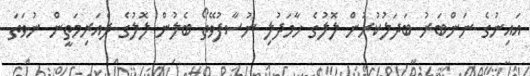
އައިނުގެ ނަންބަރު ބަދަލުކުރުން ލޮލުގެ ހާމަދުލި ނުސާފުވޭތޯ ބެލުން ލޮލުގެ ދެއަރިމަތީން ނުވަތަ